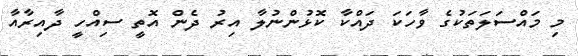
މި މައްސަލަތަކުގެ ވާހަކަ ދައްކާ ކޮޅުންނުލާ އިރު ދެން އޮތީ ސިއްހީ ދާއިރާއާ